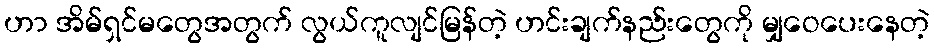
ဟာ အိမ်ရှင်မတွေအတွက် လွယ်ကူလျင်မြန်တဲ့ ဟင်းချက်နည်းတွေကို မျှဝေပေးနေတဲ့